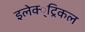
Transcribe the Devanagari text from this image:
इलेक्‍्ट्रिकल